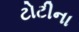
ટોટીના